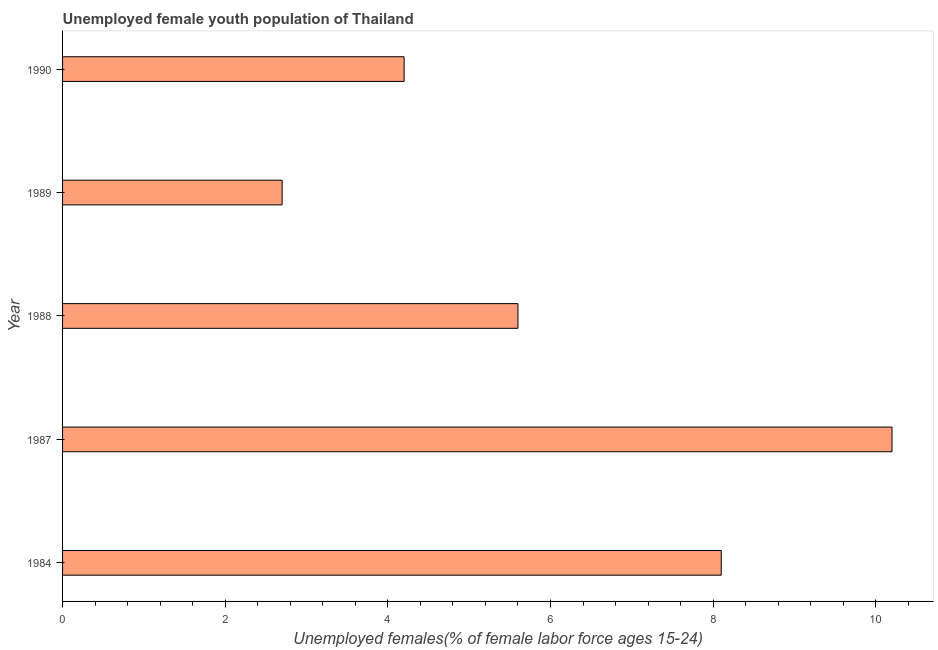
| Year | Unemployment youth female |
 | --- | --- |
 | 1984 | 8.1 |
 | 1987 | 10.2 |
 | 1988 | 5.6 |
 | 1989 | 2.7 |
 | 1990 | 4.2 |